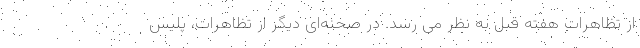
از تظاهرات هفته قبل به نظر می رسد. در صحنه‌ای دیگر از تظاهرات، پلیس